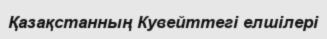
Қазақстанның Кувейттегі елшілері